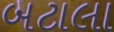
બટાલા